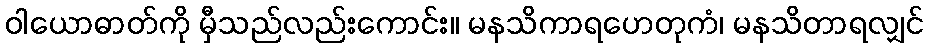
ဝါယောဓာတ်ကို မှီသည်လည်းကောင်း။ မနသိကာရဟေတုကံ၊ မနသိတာရလျှင်